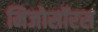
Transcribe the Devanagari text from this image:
मिजोसॉरस